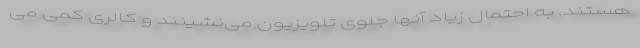
هستند. به احتمال زیاد آنها جلوی تلویزیون می‌نشینند و کالری کمی می